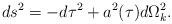
LaTeX: \begin{align*}ds^2 = -d\tau ^2 + a^2 (\tau) d\Omega_k^2 .\end{align*}